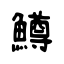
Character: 鱒